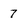
Character: 7